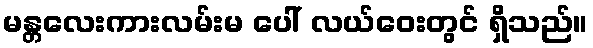
မန္တလေးကားလမ်းမ ပေါ် လယ်ဝေးတွင် ရှိသည်။